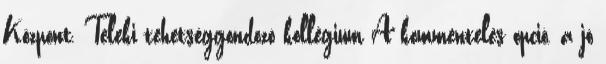
Központ, Teleki tehetséggondozó kollégium A kommentelés opció, a jó